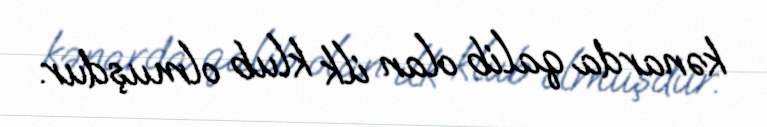
kənarda qalib olan ilk klub olmuşdur.